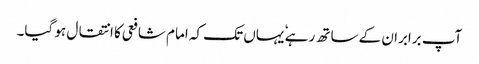
آپ برابران کے ساتھ رہے ٗ یہاں تک کہ امام شافعی کا انتقال ہو گیا۔